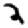
Digit: 2